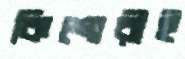
কিশোরীই